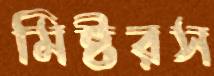
মিষ্টরস